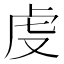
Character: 𧆛